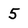
Character: 5